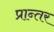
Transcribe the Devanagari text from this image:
प्रान्तर